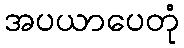
အပယာပေတုံ